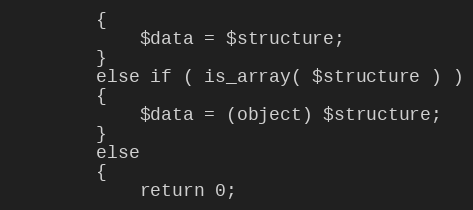
Language: PHP
        {
            $data = $structure;
        }
        else if ( is_array( $structure ) )
        {
            $data = (object) $structure;
        }
        else
        {
            return 0;